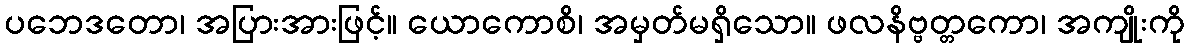
ပဘေဒတော၊ အပြားအားဖြင့်။ ယောကောစိ၊ အမှတ်မရှိသော။ ဖလနိဗ္ဗတ္တကော၊ အကျိုးကို